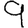
Digit: 9